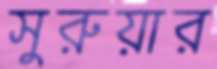
সুরুয়ার